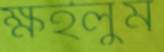
ক্ষইলুম